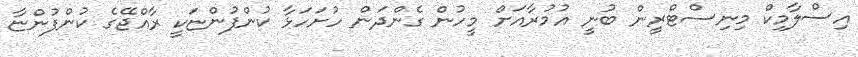
އިސްލާމިކް މިނިސްޓްރީން ބުނީ އުމުރާއަށް މީހުން ގެންދަން ހުށަހަޅާ ކުންފުންޏަކީ ރާއްޖޭގެ ކުންފުންޏާ